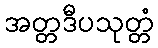
အတ္တဒီပသုတ္တံ